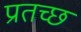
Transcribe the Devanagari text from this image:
प्रतच्छ